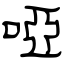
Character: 啞